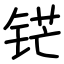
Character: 铓